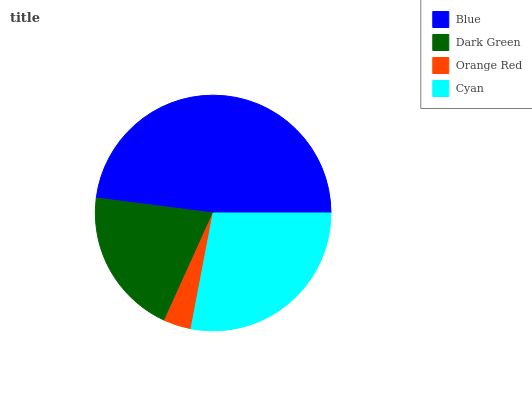
| Blue | Dark Green | Orange Red | Cyan |
 | --- | --- | --- | --- |
 | 48% | 20.2% | 3.76% | 28% |